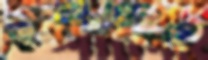
ভূখণ্ডেও